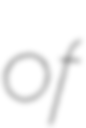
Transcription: of